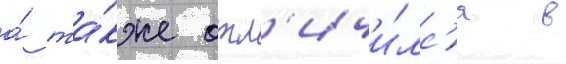
а́ та́кже отл'ичи́лс'я в